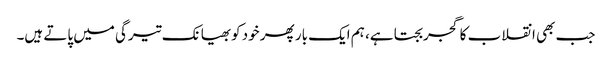
جب بھی انقلاب کا گجر بجتا ہے، ہم ایک بار پھر خود کوبھیانک تیرگی میں پاتے ہیں۔